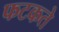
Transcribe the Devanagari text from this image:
फटकते